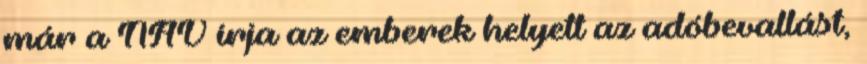
már a NAV írja az emberek helyett az adóbevallást,